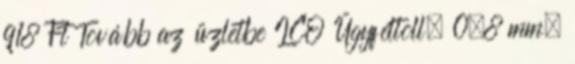
918 Ft Tovább az üzletbe ICO Ügyféltoll, 0,8 mm,